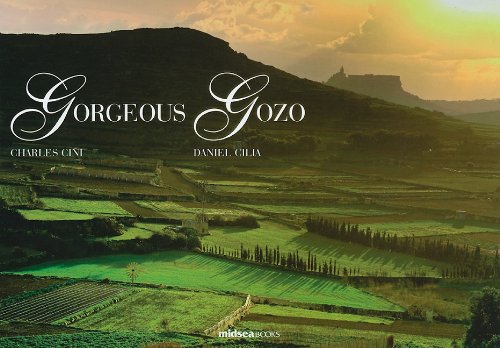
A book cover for Gorgeous Gozo; Father Charles Cini; Travel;